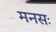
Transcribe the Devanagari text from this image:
मनसः